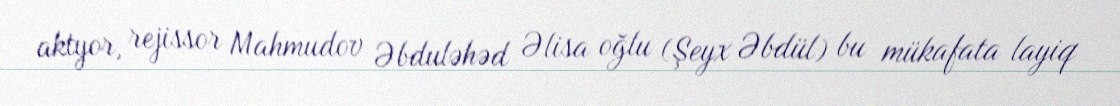
aktyor, rejissor Mahmudov Əbduləhəd Əlisa oğlu (Şeyx Əbdül) bu mükafata layiq